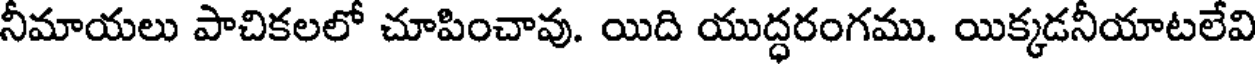
నీమాయలు పాచికలలో చూపించావు. యిది యుద్ధరంగము. యిక్కడనీయాటలేవి